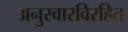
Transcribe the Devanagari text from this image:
अनुस्वारविरहित